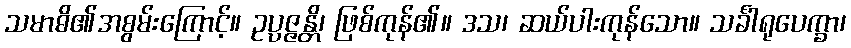
သမာဓိ၏အစွမ်းကြောင့်။ ဥပ္ပဇ္ဇန္တိ၊ ဖြစ်ကုန်၏။ ဒသ၊ ဆယ်ပါးကုန်သော။ သင်္ခါရုပေက္ခာ၊